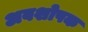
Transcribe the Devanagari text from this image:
अवशोपक